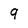
Character: 9